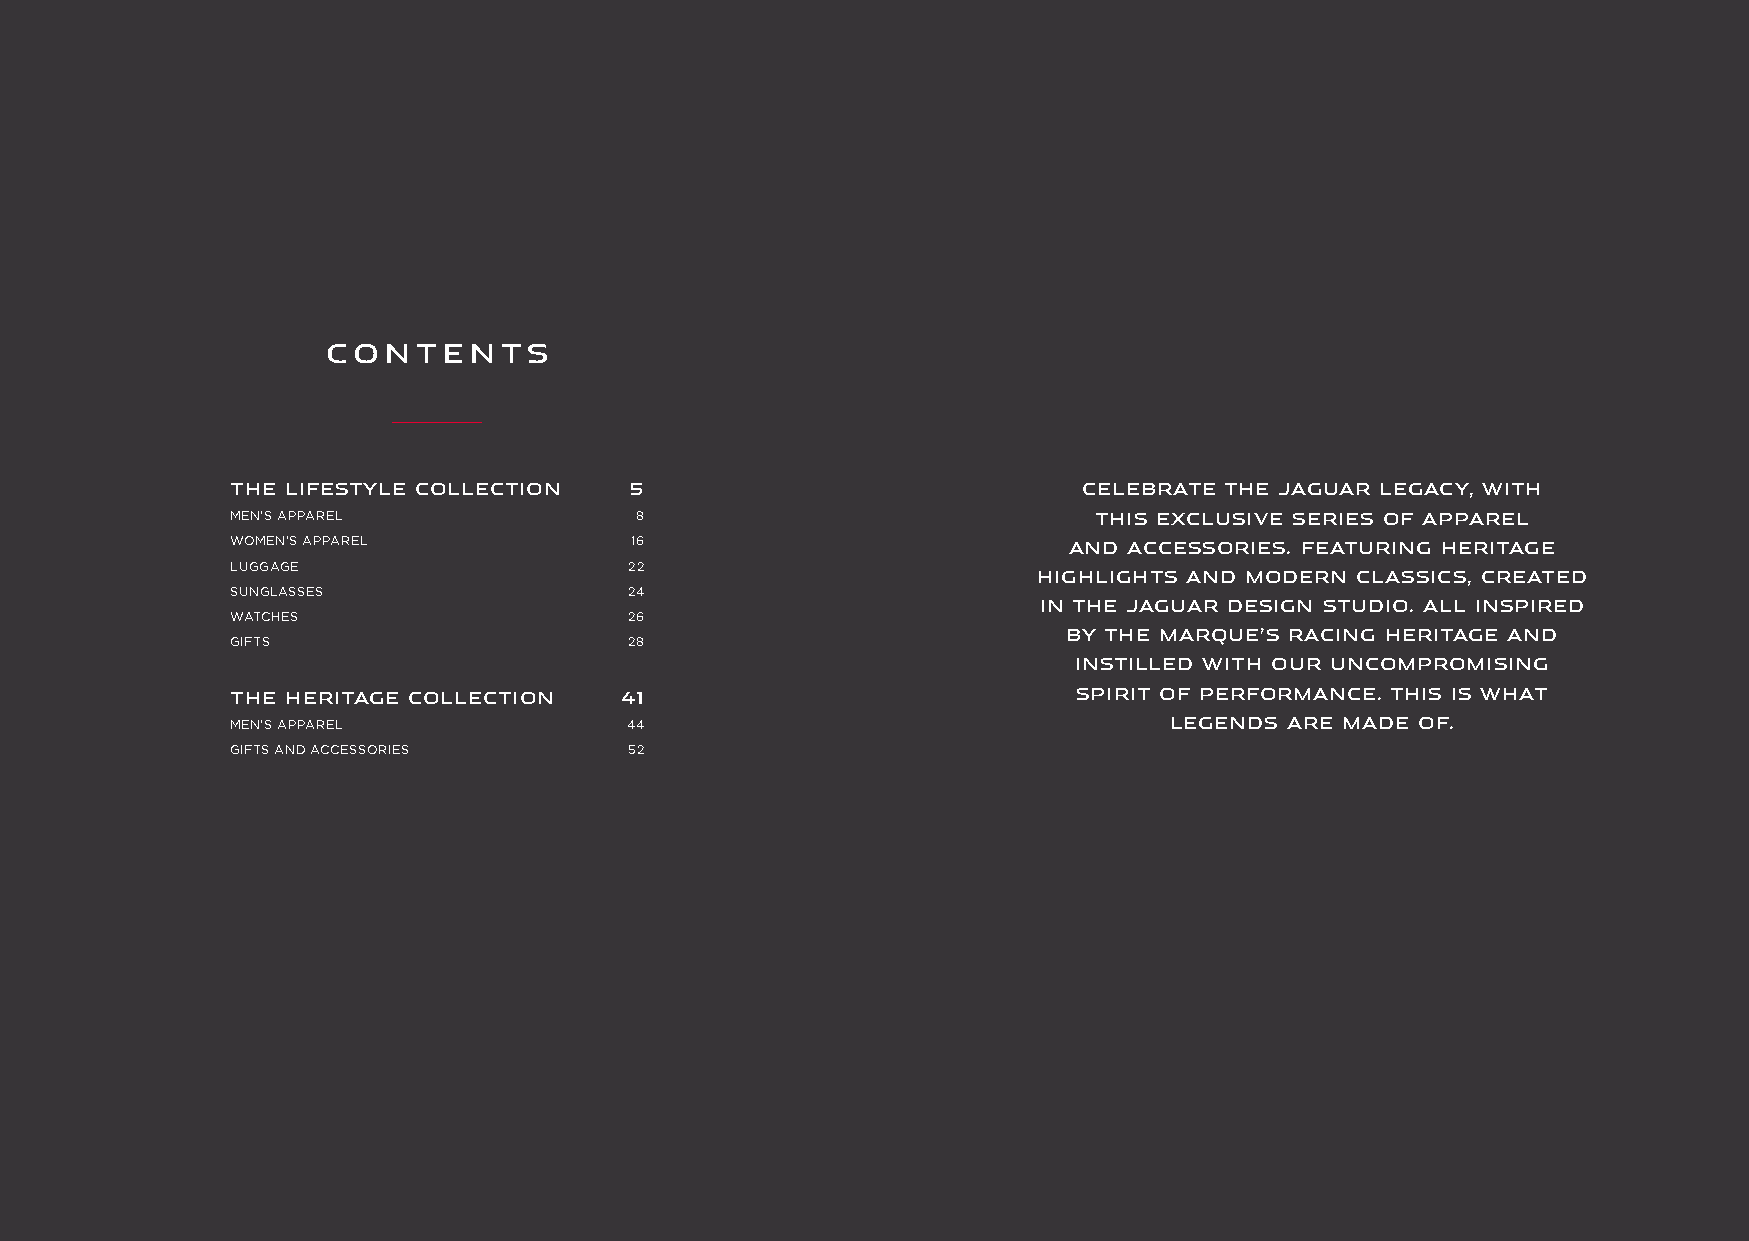
CONTENTS
 THE LIFESTYLE COLLECTION   5                             CELEBRATE THE JAGUAR LEGACY, WITH
 MEN’S APPAREL              8                             THIS EXCLUSIVE SERIES OF APPAREL
 WOMEN’S APPAREL            16
 AND ACCESSORIES. FEATURING HERITAGE
 LUGGAGE                    22
 HIGHLIGHTS AND MODERN CLASSICS, CREATED
 SUNGLASSES                24
 IN THE JAGUAR DESIGN STUDIO. ALL INSPIRED
 WATCHES                   26
 GIFTS                     28                            BY THE MARQUE’S RACING HERITAGE AND
 INSTILLED WITH OUR UNCOMPROMISING
 THE HERITAGE COLLECTION   41                            SPIRIT OF PERFORMANCE. THIS IS WHAT
 MEN’S APPAREL             44                                  LEGENDS ARE MADE OF.
 GIFTS AND ACCESSORIES      52